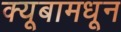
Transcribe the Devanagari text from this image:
क्यूबामधून